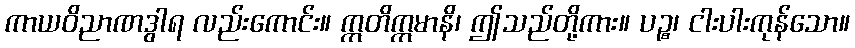
ကာယဝိညာဏဒွါရ လည်းကောင်း။ ဣတိဣမာနိ၊ ဤသည်တို့ကား။ ပဉ္စ၊ ငါးပါးကုန်သော။